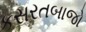
કસરતબાજો